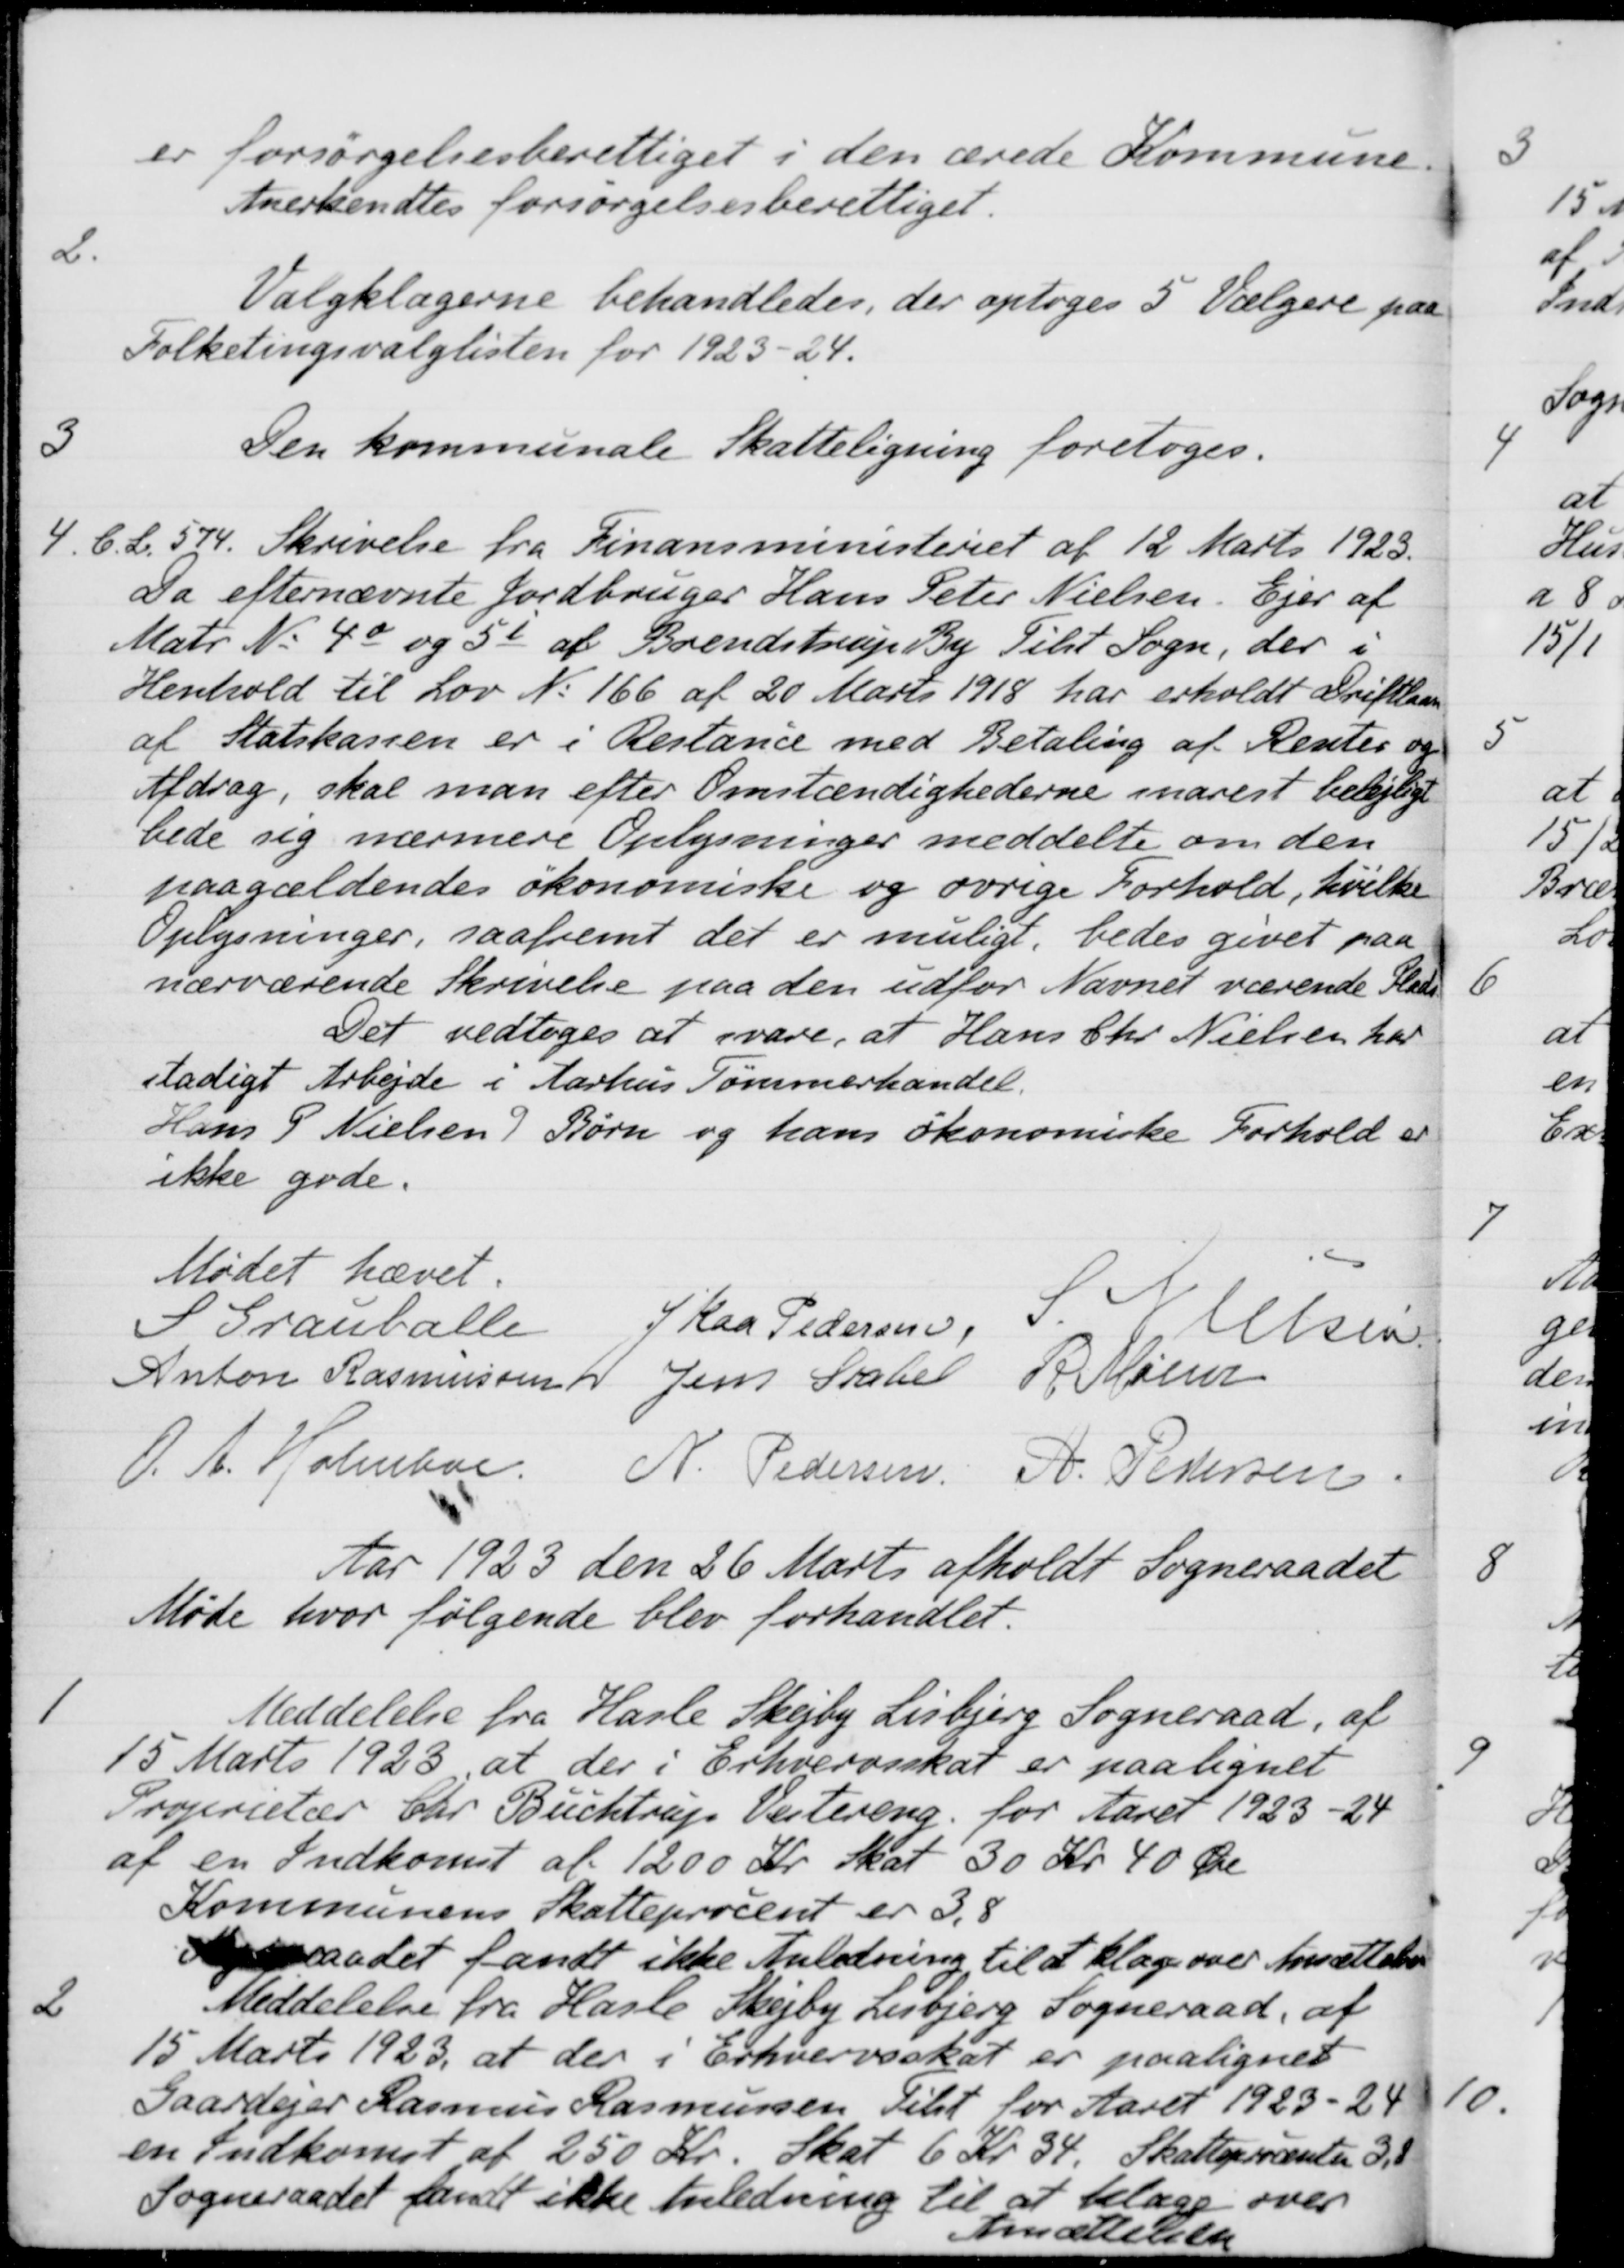
Transskription:
er forsørgelsesberettiget i den ærede Kommune.
Anerkendtes forsørgelsesberettiget.
2.
Valgklagerne behandledes, der optoges 5 Vælgere paa
Folketingsvalglisten for 1923-24.
3
Den kommunale Skatteligning foretoges.
4.
C.L. 574. Skrivelse fra Finansministeriet af 12 Marts 1923.
Da efternævnte Jordbruger Hans Peter Nielsen. Ejer af
Matr. No 4o og 5i af Brendstrup By Tilst Sogn, der i
Henhold til Lov No 166 af 20 Marts 1918 har erholdt Driftlaan
af Statskassen er i Restance med Betaling af Renter og
Afdrag, skal man efter Omstændighederne snarest belejligt
bede sig nærmere Oplysninger meddelte om den
paagældendes økonomiske og øvrige Forhold, hvilke
Oplysninger, saafremt det er muligt, bedes givet paa
nærværende Skrivelse paa den udfor Nævnet værende Plads
Det vedtoges at svare, at Hans Chr Nielsen har
stadigt Arbejde i Aarhus Tømmerhandel.
Hans P Nielsen 9 Børn og hans økonomiske Forhold er
ikke gode.
Mødet hævet.
S Grauballe
J Kaa Pedersen,
S Nielsen
Anton Rasmussen
Jens Stabel
R Mainz
O. A. Holmboe
N. Pedersen
A. Pedersen
Aar 1923 den 26 Marts afholdt Sogneraadet
Møde hvor følgende blev forhandlet.
1
Meddelelse fra Hasle Skejby Lisbjerg Sogneraad, af
15 Marts 1923, at der i Erhvervsskat er paalignet
Projerietær Chr. Buchtrup Vestering for Aaret 1923-24
af en Indkomst af 1200 Kr. skat 30 Kr. 40 Øre
Kommunens Skatteprocent er 3,8
Sogneraadet fandt ikke Anledning til at klage over Ansættelsen
2
Meddelelse fra Hasle Skejby Lisbjerg Sogneraad. at
15 Marts 1923, at der i Erhvervsskat er paalignet
Gaardejer Rasmus Rasmussen Tilst for Aaret 1923-24
en Indkomst af 250 Kr. Skat 6 Kr. 34 Skatteprocenter 3,8
Sogneraadet samt ikke Anledning til at klage over
Ansættelsen